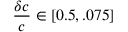
\frac { \delta c } { c } \in [ 0 . 5 , . 0 7 5 ]